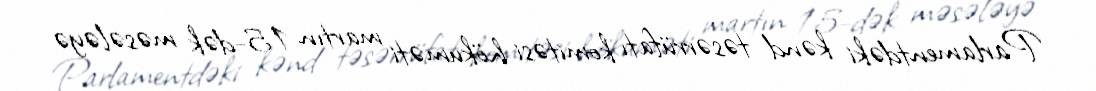
Parlamentdəki kənd təsərrüfatı komitəsi hökuməti martın 15-dək məsələyə